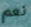
نعم